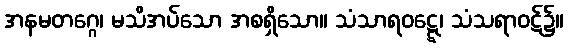
အနမတဂ္ဂေ၊ မသိအပ်သော အစရှိသော။ သံသာရဝဋ္ဋေ၊ သံသရာဝဋ်၌။